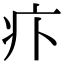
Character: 𤴩